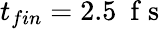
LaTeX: t_{fin}=2.5~\mathrm{~f~s~}